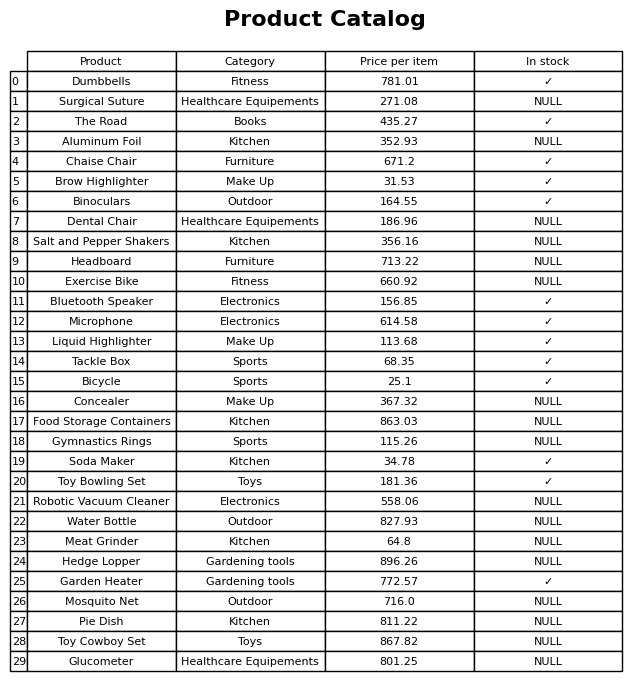
question: What is the price of the Robotic Vacuum Cleaner?
answer: The price of Robotic Vacuum Cleaner is 558.06.